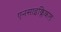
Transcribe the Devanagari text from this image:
एनसाइक्लिकल